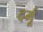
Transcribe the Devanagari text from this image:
दर्मू